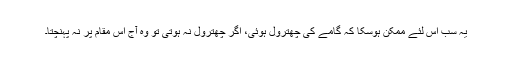
یہ سب اس لئے ممکن ہوسکا کہ گامے کی چھترول ہوئی، اگر چھترول نہ ہوتی تو وہ آج اس مقام پر نہ پہنچتا۔